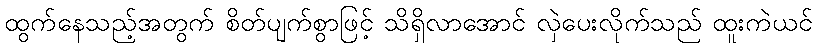
ထွက်နေသည့်အတွက် စိတ်ပျက်စွာဖြင့် သိရှိလာအောင် လှဲပေးလိုက်သည် ထူးကဲယင်